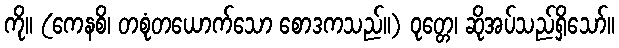
ကို။ (ကေနစိ၊ တစုံတယောက်သော စောဒကသည်။) ဝုတ္တေ၊ ဆိုအပ်သည်ရှိသော်။